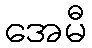
အေမီ